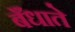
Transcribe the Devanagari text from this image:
बँधाते